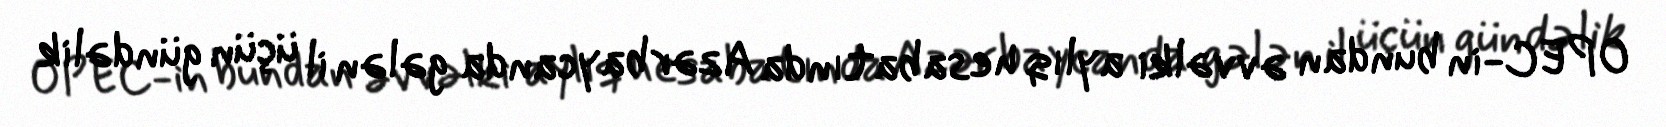
OPEC-in bundan əvvəlki aylıq hesabatında Azərbaycanda gələn il üçün gündəlik